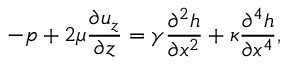
- p + 2 \mu \frac { \partial u _ { z } } { \partial z } = \gamma \frac { \partial ^ { 2 } h } { \partial x ^ { 2 } } + \kappa \frac { \partial ^ { 4 } h } { \partial x ^ { 4 } } ,